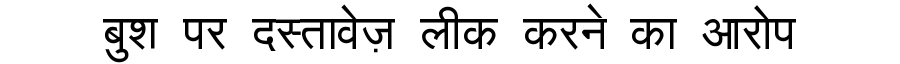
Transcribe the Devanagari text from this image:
बुश पर दस्तावेज़ लीक करने का आरोप